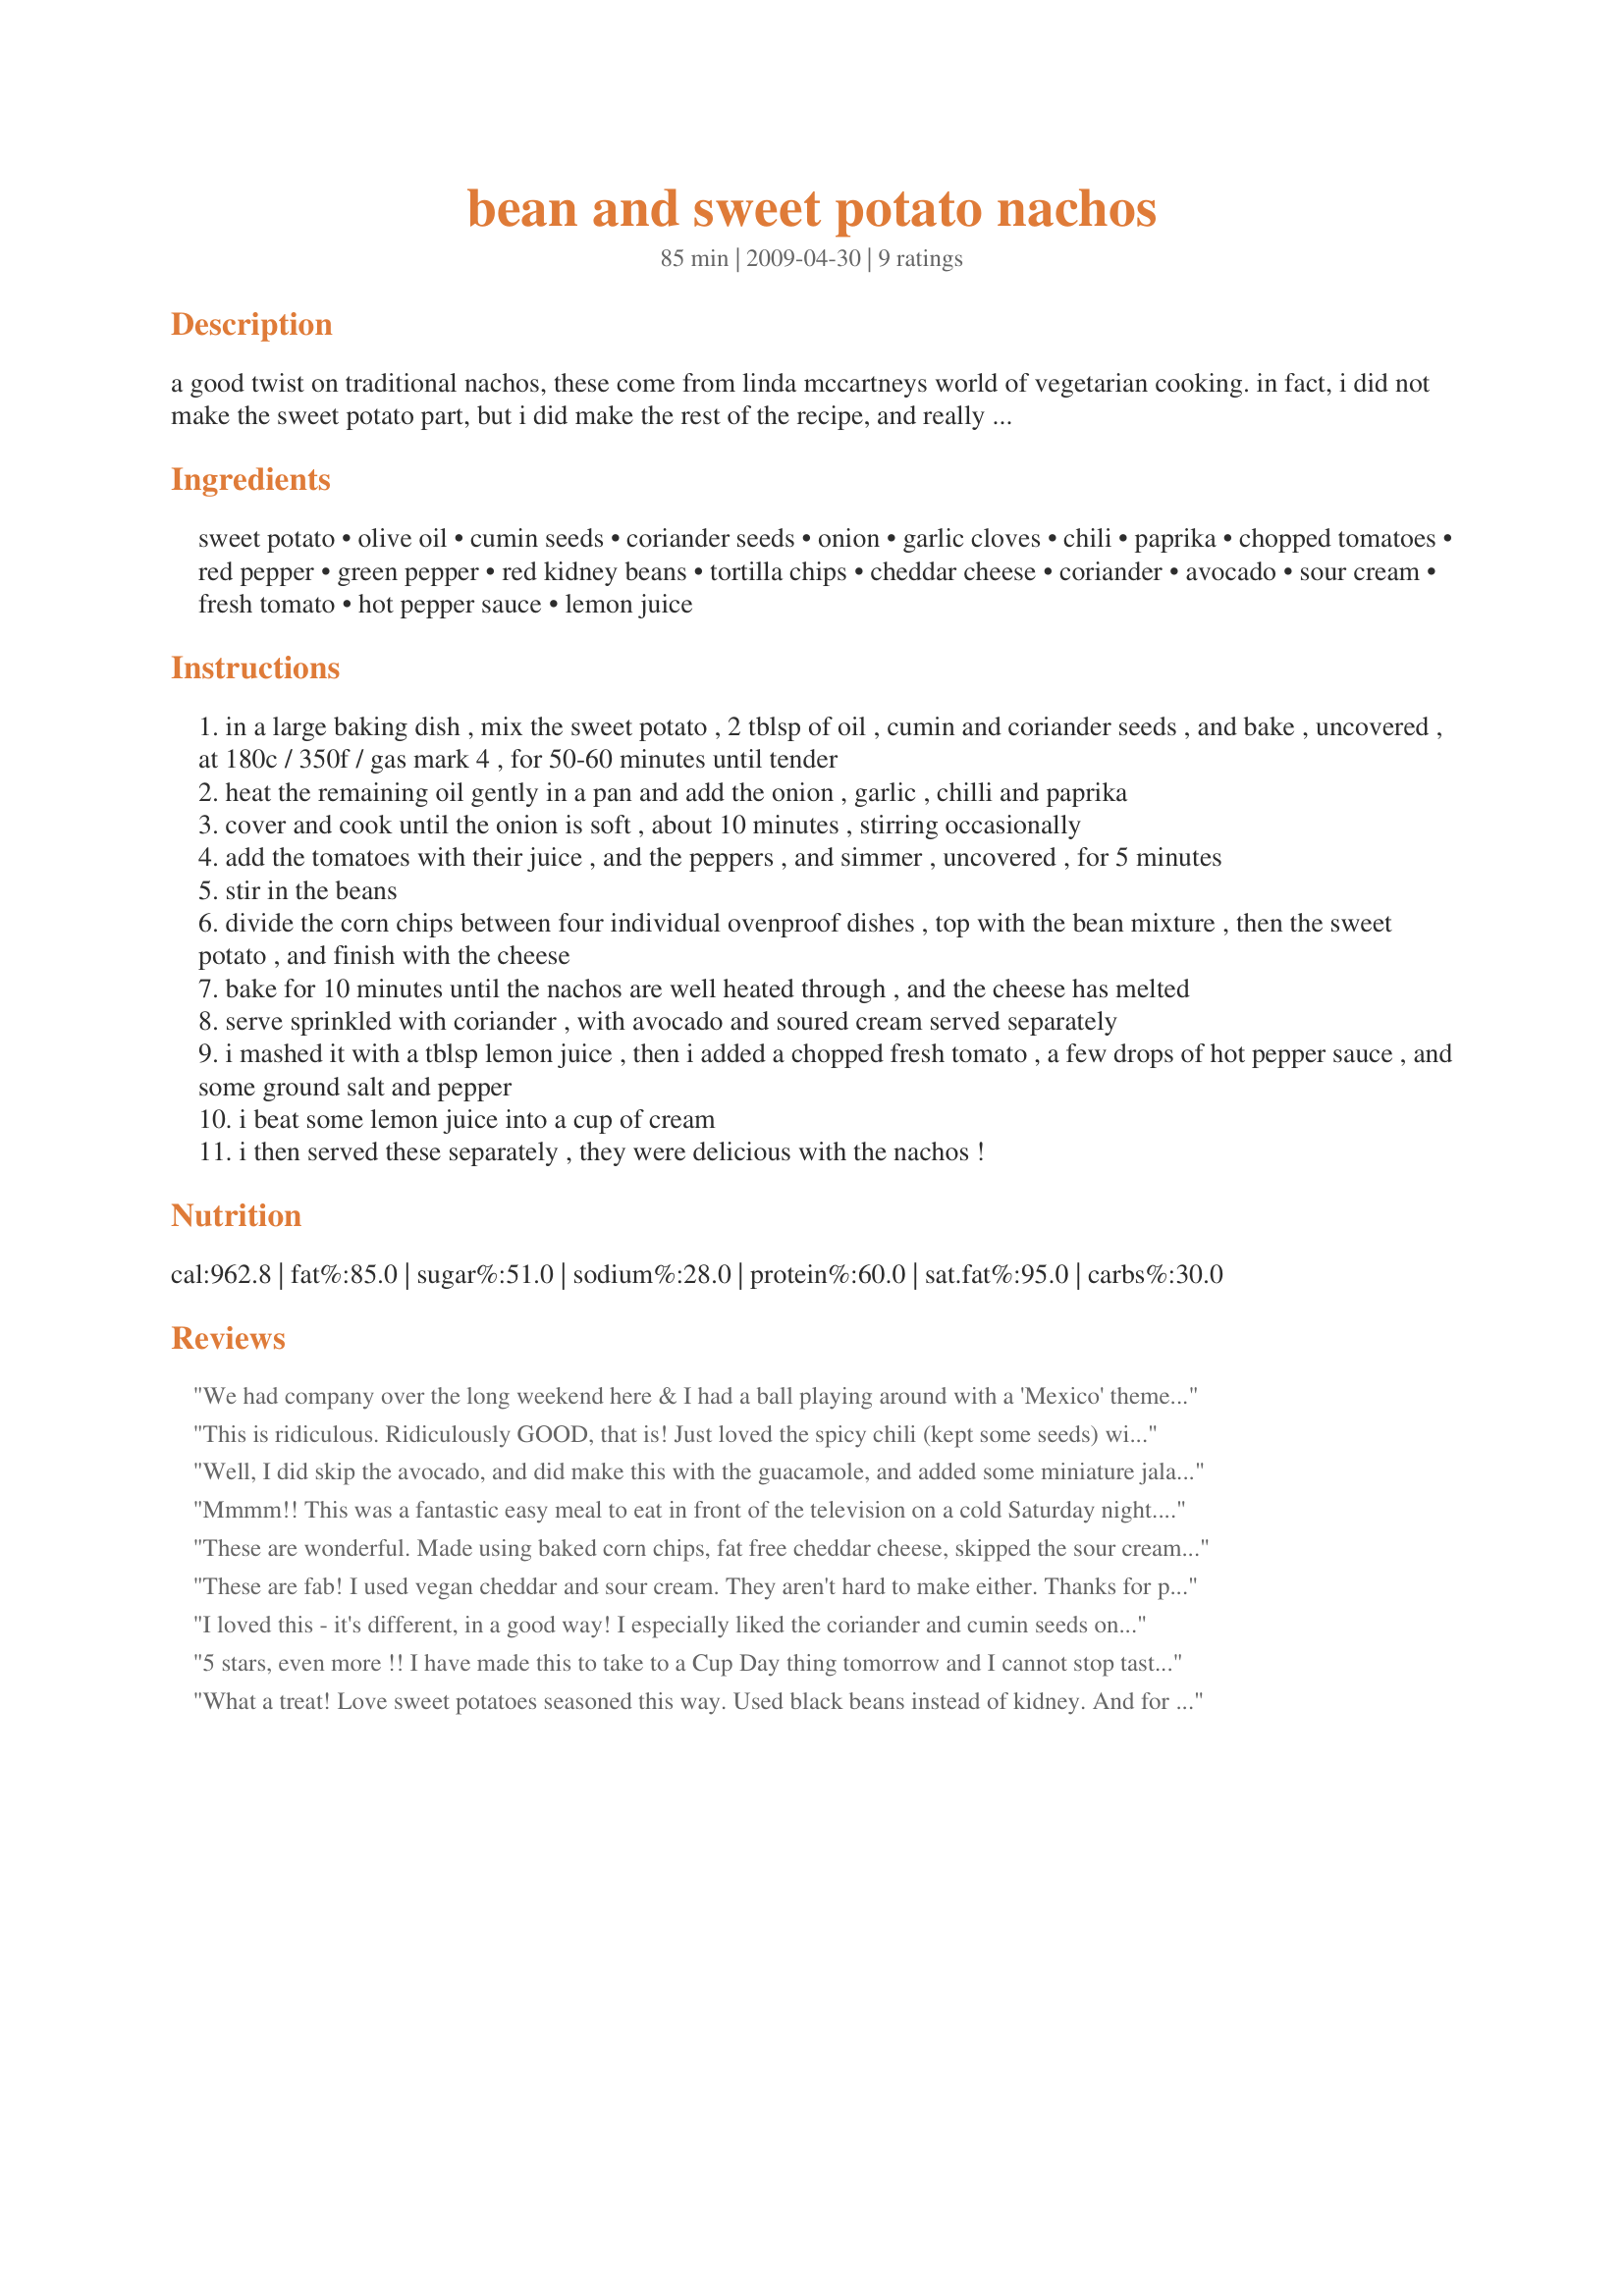
bean and sweet potato nachos
Preparation time: 85 minutes

a good twist on traditional nachos, these come from linda mccartneys world of vegetarian cooking. in fact, i did not make the sweet potato part, but i did make the rest of the recipe, and really loved the tomato/bean sauce. omitting the sweet potatoes decreases cooking time by approx 60 minutes. i used only one whole green pepper, since i had no red pepper. i also made a spicy avocado guacamole, (see notes at end of recipe), and whipped some sour cream to accompany this, we loved it. hope you enjoy them too!

Ingredients:
sweet potato, olive oil, cumin seeds, coriander seeds, onion, garlic cloves, chili, paprika, chopped tomatoes, red pepper, green pepper, red kidney beans, tortilla chips, cheddar cheese, coriander, avocado, sour cream, fresh tomato, hot pepper sauce, lemon juice

Steps:
in a large baking dish , mix the sweet potato , 2 tblsp of oil , cumin and coriander seeds , and bake , uncovered , at 180c / 350f / gas mark 4 , for 50-60 minutes until tender
heat the remaining oil gently in a pan and add the onion , garlic , chilli and paprika
cover and cook until the onion is soft , about 10 minutes , stirring occasionally
add the tomatoes with their juice , and the peppers , and simmer , uncovered , for 5 minutes
stir in the beans
divide the corn chips between four individual ovenproof dishes , top with the bean mixture , then the sweet potato , and finish with the cheese
bake for 10 minutes until the nachos are well heated through , and the cheese has melted
serve sprinkled with coriander , with avocado and soured cream served separately
i mashed it with a tblsp lemon juice , then i added a chopped fresh tomato , a few drops of hot pepper sauce , and some ground salt and pepper
i beat some lemon juice into a cup of cream
i then served these separately , they were delicious with the nachos !

Reviews:
We had company over the long weekend here & I had a ball playing around with a 'Mexico' theme in the kitchen! I particularly enjoyed this recipe, what with being able to use yams, although I didn't peel them (Love that skin!) & just half of the red chili, & it all turned just great! Thanks for sharing the recipe! [Tagged, made & reviewed while in Mexico with the ZWT5]
This is ridiculous. Ridiculously GOOD, that is! Just loved the spicy chili (kept some seeds) with the sweet potatoes and all the flavor from the cumin and coriander. This was gone in a flash! Thanks for sharing!
Well, I did skip the avocado, and did make this with the guacamole, and added some miniature jalapenos. We did enjoy the sweet potato in this, a very nice twist. The spices were right on as well as the guacamole. Made for a midday / dinner for us. No leftovers here. Made for 4 your consideration.
Mmmm!!
This was a fantastic easy meal to eat in front of the television on a cold Saturday night. I added a tablespoon or two of chopped Jalapeno's to the tomato mix as the red chilli just didn't add enough punch. I chopped my sweet potato in small 1cm dice and bruised the seeds before adding them to the mix (the sweet potatoes took less than 20 min to cook - in my opinion these really made the dish so if you have time don't skip them) I made 2 dinner size plates full ...and served chopped avocado, jalapeno's and sour cream on the side for those who wished wished to add it to their share. Plonk it in the middle of the table and yell "go for it"....YUM!!
These are wonderful. Made using baked corn chips, fat free cheddar cheese, skipped the sour cream and used chopped avocado in place of guacamole. The cumin and coriander is great on the sweet potato, which is great with the chips and cheese. Thanks so much for the post.
These are fab! I used vegan cheddar and sour cream. They aren't hard to make either. Thanks for posting these! I'd never eaten nachos, even non-veggie ones, and really enjoyed them!
I loved this - it's different, in a good way! I especially liked the coriander and cumin seeds on the sweet potato (which I would not omit - that's what makes it unique). I used less oil, fresh tomatoes and black beans. I also made this with baked chips and without cheese to make it healthier. My sweet potato chunks were done in about 20 minutes. This serves 3 at most, if it's an entree. These flavors really sing together!
5 stars, even more !! I have made this to take to a Cup Day thing tomorrow and I cannot stop tasting it. I used leftover mashed sweet potato adding the cumin and coriander to it and used 1 great big green pepper as I had no red. Mine is mixed all together and will not be served in the layers but will still have the cheese on top and fresh coriander from the garden. I can't thank you enough Karen for this !!
What a treat! Love sweet potatoes seasoned this way. Used black beans instead of kidney. And for some odd reason grocery did not have a red chile pepper so used jalape&ntilde;o and that was too mild in heat. Would not change a thing. Roasted the sweet potatoes, made salsa, and guacamole earlier in day then assembled. For the two of us, this made three lunches. Made for my Spring PAC 2014 baby.
